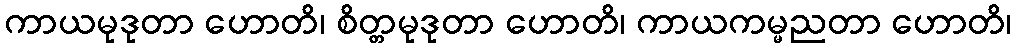
ကာယမုဒုတာ ဟောတိ၊ စိတ္တမုဒုတာ ဟောတိ၊ ကာယကမ္မညတာ ဟောတိ၊